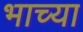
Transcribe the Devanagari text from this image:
भाच्या